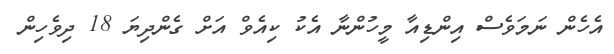
އެހެން ނަމަވެސް އިންޑިއާ މީހުންނާ އެކު ކިއެވް އަށް ގެންދިޔަ 18 ދިވެހިން